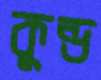
কুন্ড